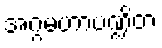
အဂ္ဂမဟာပဏ္ဍိတ